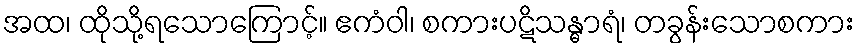
အထ၊ ထိုသို့ရသောကြောင့်။ ဧကံဝါ၊ စကားပဋိသန္ဓာရံ၊ တခွန်းသောစကား